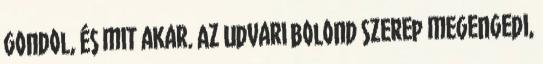
gondol, és mit akar. Az udvari bolond szerep megengedi,